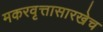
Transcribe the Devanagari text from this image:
मकरवृत्तासारखेच